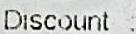
DISCOUNT :